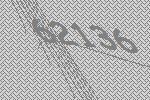
62136